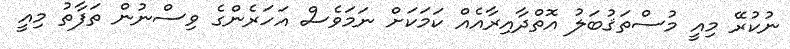
ނުކުރޭ މިއީ މުސްތަޤުބަލު އޮތްދާއިރާއެއް ކަމަކަށް ނަމަވެސް އަހަރެންގެ ވިސްނުން ތަފާތު މިއީ